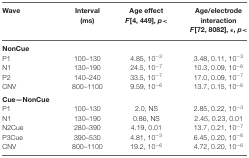
<table><thead><tr><td><b>Wave</b></td><td><b>Interval (ms)</b></td><td><b>Age effect <i>F</i><sub>[4, 449]</sub>, <i>p</i> &lt;</b></td><td><b>Age/electrode interaction <i>F</i><sub>[72, 8082]</sub>, ε, <i>p</i> &lt;</b></td></tr></thead><tbody><tr><td><b>NonCue</b></td></tr><tr><td>P1</td><td>100–130</td><td>4.85, 10<sup>−3</sup></td><td>3.48, 0.11, 10<sup>−3</sup></td></tr><tr><td>N1</td><td>130–190</td><td>24.5, 10<sup>−7</sup></td><td>10.3, 0.09, 10<sup>−6</sup></td></tr><tr><td>P2</td><td>140–240</td><td>33.5, 10<sup>−7</sup></td><td>17.0, 0.09, 10<sup>−7</sup></td></tr><tr><td>CNV</td><td>800–1100</td><td>9.59, 10<sup>−6</sup></td><td>13.7, 0.15, 10<sup>−6</sup></td></tr><tr><td><b>Cue—NonCue</b></td></tr><tr><td>P1</td><td>100–130</td><td>2.0, NS</td><td>2.85, 0.22, 10<sup>−3</sup></td></tr><tr><td>N1</td><td>130–190</td><td>0.86, NS</td><td>2.45, 0.23, 0.01</td></tr><tr><td>N2Cue</td><td>280–390</td><td>4.19, 0.01</td><td>13.7, 0.21, 10<sup>−7</sup></td></tr><tr><td>P3Cue</td><td>390–530</td><td>4.81, 10<sup>−3</sup></td><td>6.45, 0.20, 10<sup>−6</sup></td></tr><tr><td>CNV</td><td>800–1100</td><td>19.2, 10<sup>−6</sup></td><td>4.72, 0.20, 10<sup>−6</sup></td></tr></tbody></table>